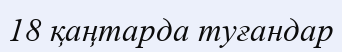
18 қаңтарда туғандар